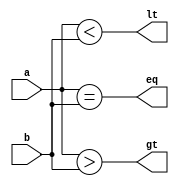
module three_bit_comparator (
  input wire [2:0] a,
  input wire [2:0] b,
  output reg eq,
  output reg gt,
  output reg lt
);

  always @* begin
    eq = (a == b);
    gt = (a > b);
    lt = (a < b);
  end

endmodule